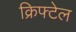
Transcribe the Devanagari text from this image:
क्रिफ्टेल